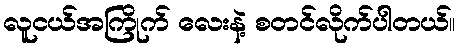
လူငယ်အကြိုက် လေးနဲ့ စတင်လိုက်ပါတယ်။